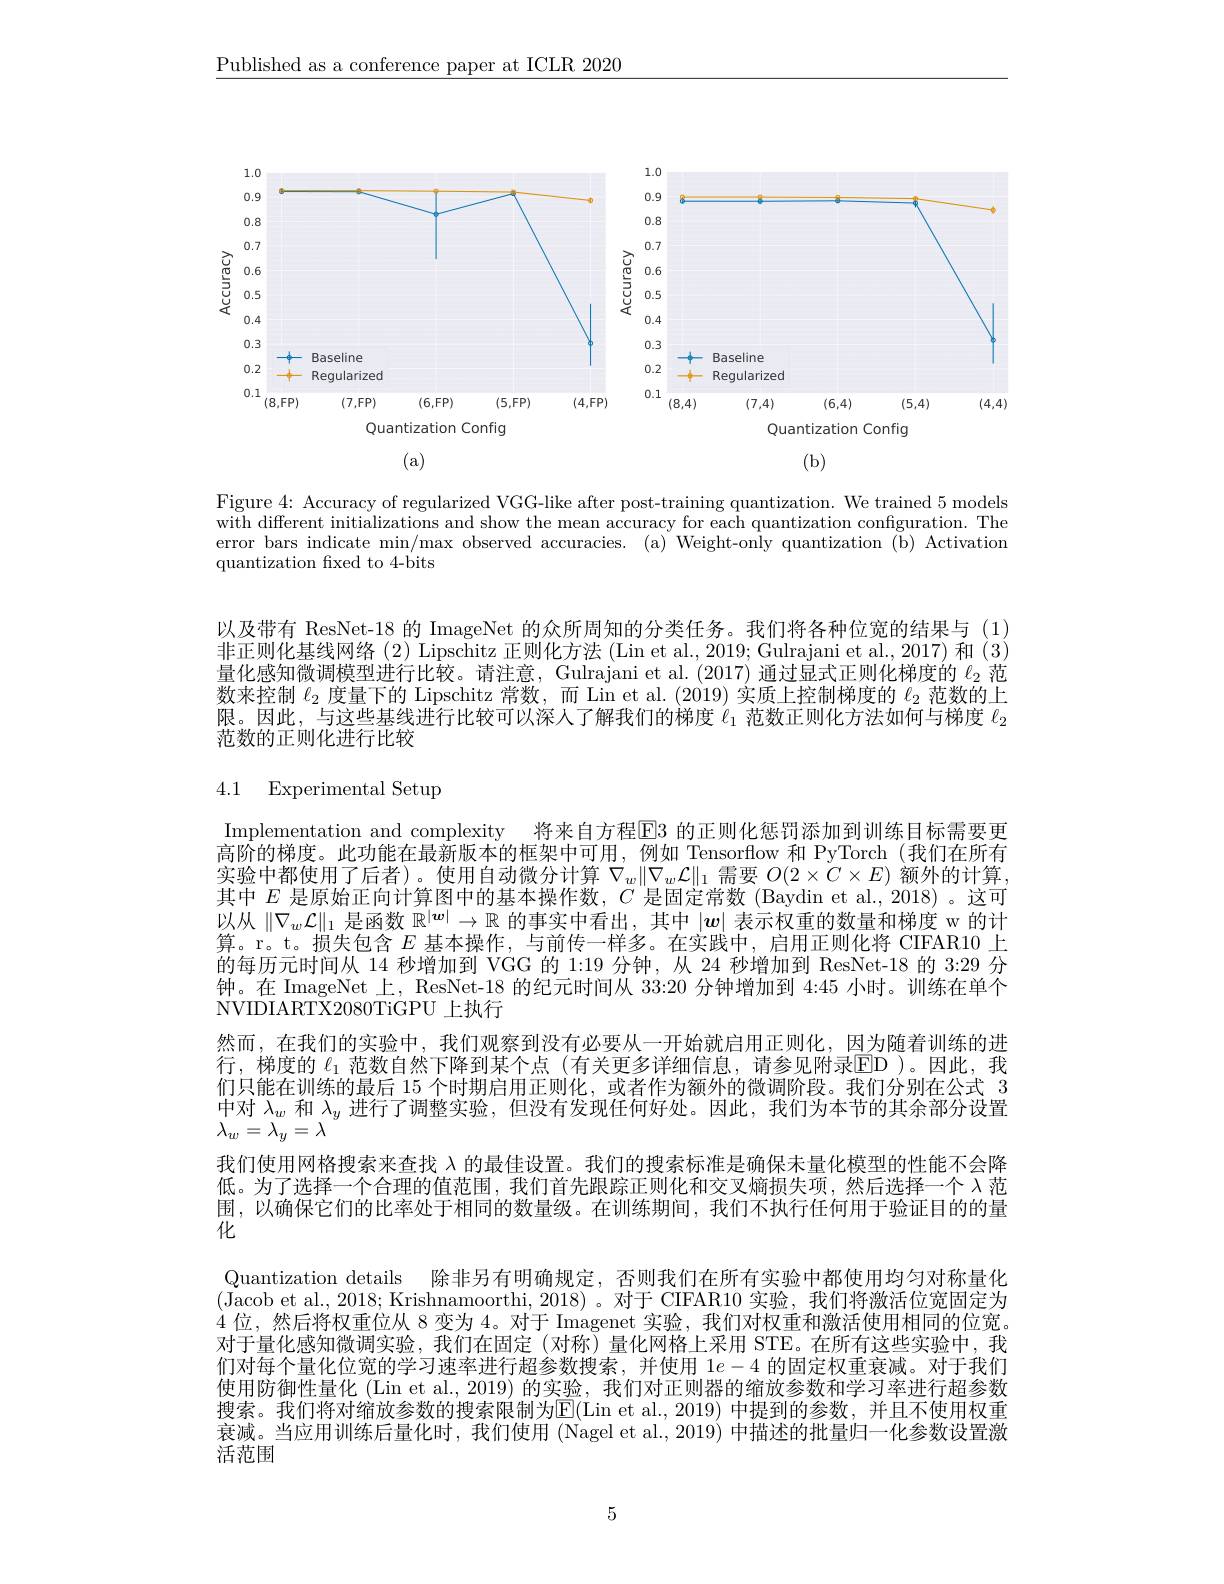
$\underline{\text{Published as a conference paper at ICLR 2020}}$

<FigureHere>
(a)
(b)

Figure 4: Accuracy of regularized VGG-like after post-training quantization. We trained 5 models with different initializations and show the mean accuracy for each quantization configuration. The error bars indicate min/max observed accuracies. (a) Weight-only quantization (b) Activation quantization fxed to 4-bits

以及带有 ResNet-18 的 ImageNet 的众所周知的分类任务。我们将各种位宽的结果与 (1) 非正则化基线网络(2) Lipschitz 正则化方法(Lin et al., 2019; Gulrajani et al., 2017) 和(3) 量化感知微调模型进行比较。请注意，Gulrajani et al. (2017)通过显式正则化梯度的$\ell_{2}$范数来控制$\ell_2$度量下的 Lipschitz 常数，而 Lin et al.(2019) 实质上控制梯度的$\ell_2$范数的上限。因此，与这些基线进行比较可以深人了解我们的梯度$\ell_1$范数正则化方法如何与梯度$\ell_2$ 范数的正则化进行比较

## 4.1 Experimental Setup

Implementation and complexity 将来自方程E3 的正则化惩罚添加到训练目标需要更高阶的梯度。此功能在最新版本的框架中可用，例如 Tensorflow 和 PyTorch (我们在所有实验中都使用了后者)。使用自动微分计算$\nabla_w\|\nabla_w\mathcal{L}\|_1$需要$O(2\times C\times E)$额外的计算， 其中$E$是原始正向计算图中的基本操作数，$C$是固定常数 (Baydin et al., 2018) 。这可以从$\|\nabla_w\mathcal{L}\|_1$是函数$\mathbb{R}^|\boldsymbol{w}|\to\mathbb{R}$的事实中看出，其中$|\boldsymbol w|$表示权重的数量和梯度 w 的计算。r。t。损失包含$E$基本操作，与前传一样多。在实践中，启用正则化将 CIFAR10 上的每历元时间从 14 秒增加到 VGG 的 1:19 分钟，从 24 秒增加到 ResNet-18 的 3:29 分钟。在 ImageNet 上，ResNet-18 的纪元时间从 33:20 分钟增加到 4:45 小时。训练在单个NVIDIARTX2080TiGPU 上执行
然而，在我们的实验中，我们观察到没有必要从一开始就启用正则化，因为随着训练的进行，梯度的$\ell_1$范数自然下降到某个点(有关更多详细信息，请参见附录ED)。因此，我们只能在训练的最后 15 个时期启用正则化，或者作为额外的微调阶段。我们分别在公式 3中对$\lambda_w$和$\lambda_y$进行了调整实验，但没有发现任何好处。因此，我们为本节的其余部分设置$\lambda_{w}=\bar{\lambda_{y}}=\lambda$
我们使用网格搜索来查找$\lambda$的最佳设置。我们的搜索标准是确保未量化模型的性能不会降低。为了选择一个合理的值范围，我们首先跟踪正则化和交叉熵损失项，然后选择一个 λ 范围，以确保它们的比率处于相同的数量级。在训练期间，我们不执行任何用于验证目的的量化
Quantization details 除非另有明确规定，否则我们在所有实验中都使用均匀对称量化(Jacob et al., 2018; Krishnamoorthi, 2018)。对于 CIFAR10 实验，我们将激活位宽固定为4位，然后将权重位从 8 变为 4。对于 Imagenet 实验，我们对权重和激活使用相同的位宽。对于量化感知微调实验，我们在固定(对称)量化网格上采用 STE。在所有这些实验中，我们对每个量化位宽的学习速率进行超参数搜索，并使用$1e-4$的固定权重衰减。对于我们使用防御性量化 (Lin et al., 2019) 的实验，我们对正则器的缩放参数和学习率进行超参数搜索。我们将对缩放参数的搜索限制为$\overline{\mathrm{E}}($Lin et al.,2019) 中提到的参数，并且不使用权重衰减。当应用训练后量化时，我们使用 (Nagel et al., 2019) 中描述的批量归一化参数设置激活范围

5